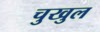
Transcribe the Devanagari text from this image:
चुखुल